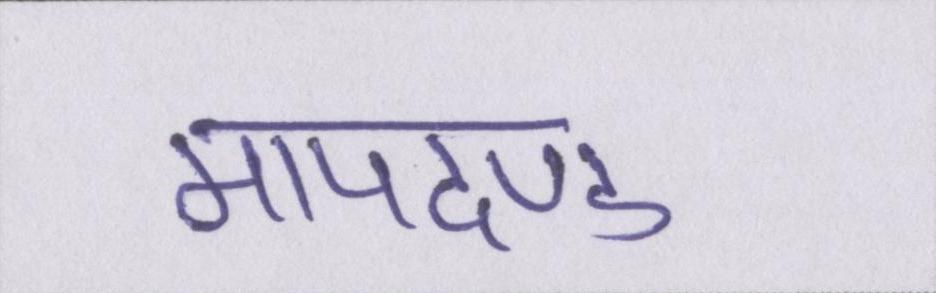
मापदण्ड